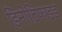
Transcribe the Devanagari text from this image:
डिनोटिफाइड